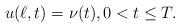
LaTeX: \begin{align*}u(\ell,t)=\nu(t),0<t\leq T.\end{align*}